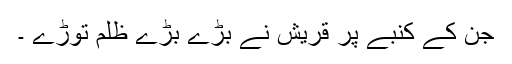
جن کے کنبے پر قریش نے بڑے بڑے ظلم توڑے ۔